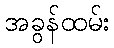
အခွန်ထမ်း